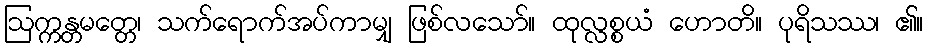
ဩက္ကန္တမတ္တေ၊ သက်ရောက်အပ်ကာမျှ ဖြစ်လသော်။ ထုလ္လစ္စယံ ဟောတိ။ ပုရိသဿ၊ ၏။